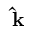
\mathbf { \hat { k } }